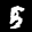
Label: 5